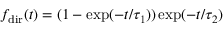
f _ { \mathrm { d i r } } ( t ) = ( 1 - \exp ( - t / \tau _ { 1 } ) ) \exp ( - t / \tau _ { 2 } )